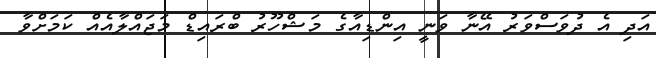
އަދި އެ ދުވަސްވަރު އޭނާ ވަނީ އިންޑިއާގެ މަޝްހޫރު ބްރައިޑް މަޖައްލާއެއް ކަމަށްވާ